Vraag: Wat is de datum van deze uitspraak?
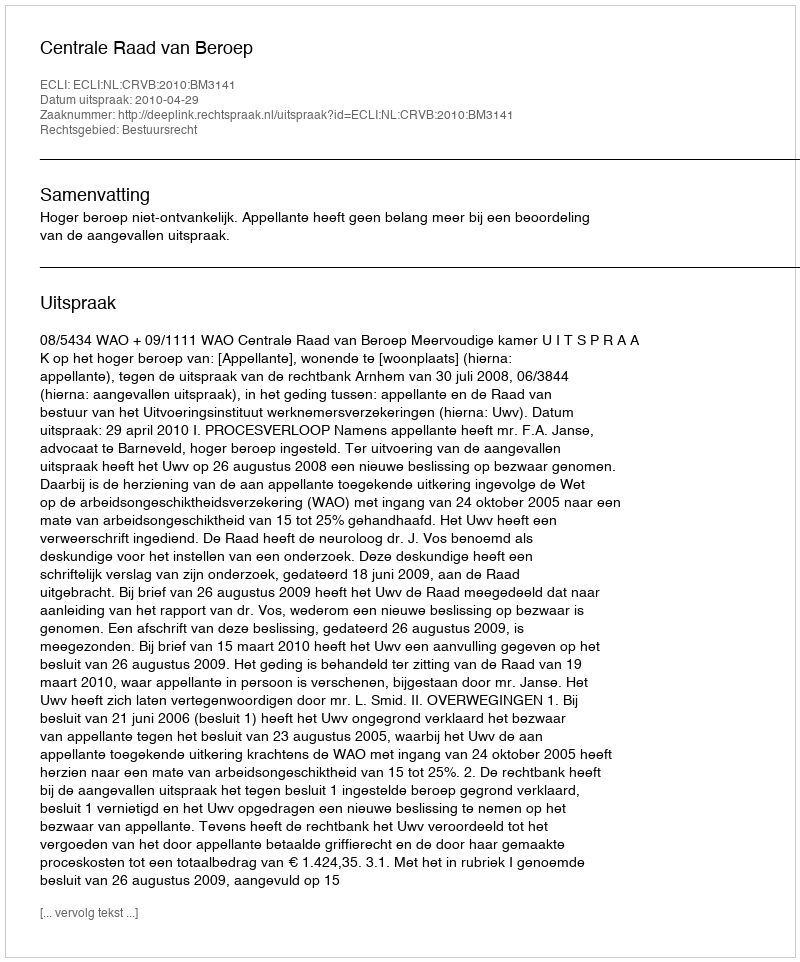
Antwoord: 2010-04-29